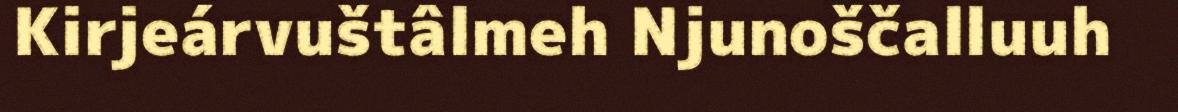
Kirjeárvuštâlmeh Njunoščalluuh